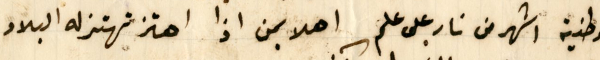
الوطنية اشهر من نار على علم اهلا بمن اذا اهتز تهتز له البلاد